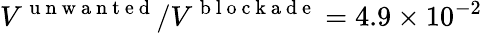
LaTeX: V^{\mathrm{~u~n~w~a~n~t~e~d~}}/V^{\mathrm{~b~l~o~c~k~a~d~e~}}=4.9\times 10^{-2}